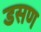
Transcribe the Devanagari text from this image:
डसण